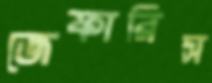
জেফারিস